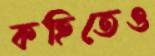
কহিতেও